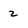
Character: 2